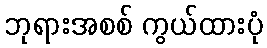
ဘုရားအစစ် ကွယ်ထားပုံ